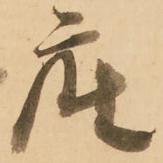
座